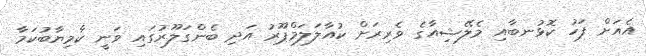
އެއަށް ފަހު ކޮޅުނބާއި މެލޭޝިއާގެ ވެރިރަށް ކުއާލަލަމްޕޫރު އަދި ބެންގަލޫރުގައި ވަނީ ކާމިޔާބުކަމާ